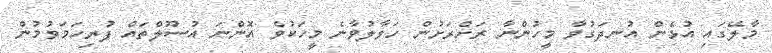
މާލޭގައި އުޅެން އުނދަގުވާ މީހުންނާ ރަށްރަށުން ހަވާލުވާނެ މީހަކުވެ އޮންނަ އުސޫލްތައް ފުރިހަމަވުމުން